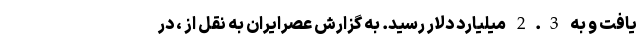
یافت و به 2.3 میلیارد دلار رسید. به گزارش عصرایران به نقل از ، در